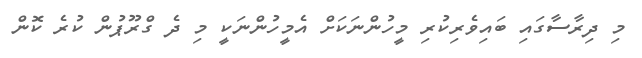
މި ދިރާސާގައި ބައިވެރިކުރި މީހުންނަކަށް އެމީހުންނަކީ މި ދެ ގްރޫޕުން ކުރެ ކޮން